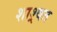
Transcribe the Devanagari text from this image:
शाश्र्वत